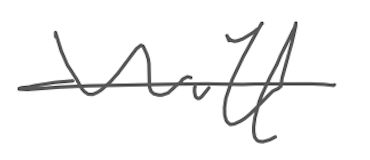
Text: will
Cross-out: mix
Writing tool: digital_gray